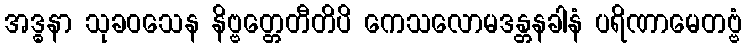
အဒ္ဓနာ သုခဝသေန နိဗ္ဗတ္တေတီတိပိ ကေသလောမဒန္တနခါနံ ပရိဏာမေတဗ္ဗံ